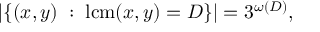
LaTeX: | \{ ( x , y ) \; : \; \operatorname { l c m } ( x , y ) = D \} | = 3 ^ { \omega ( D ) } ,